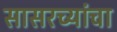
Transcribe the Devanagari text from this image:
सासरच्यांचा